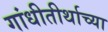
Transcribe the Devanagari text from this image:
गांधीतीर्थाच्या